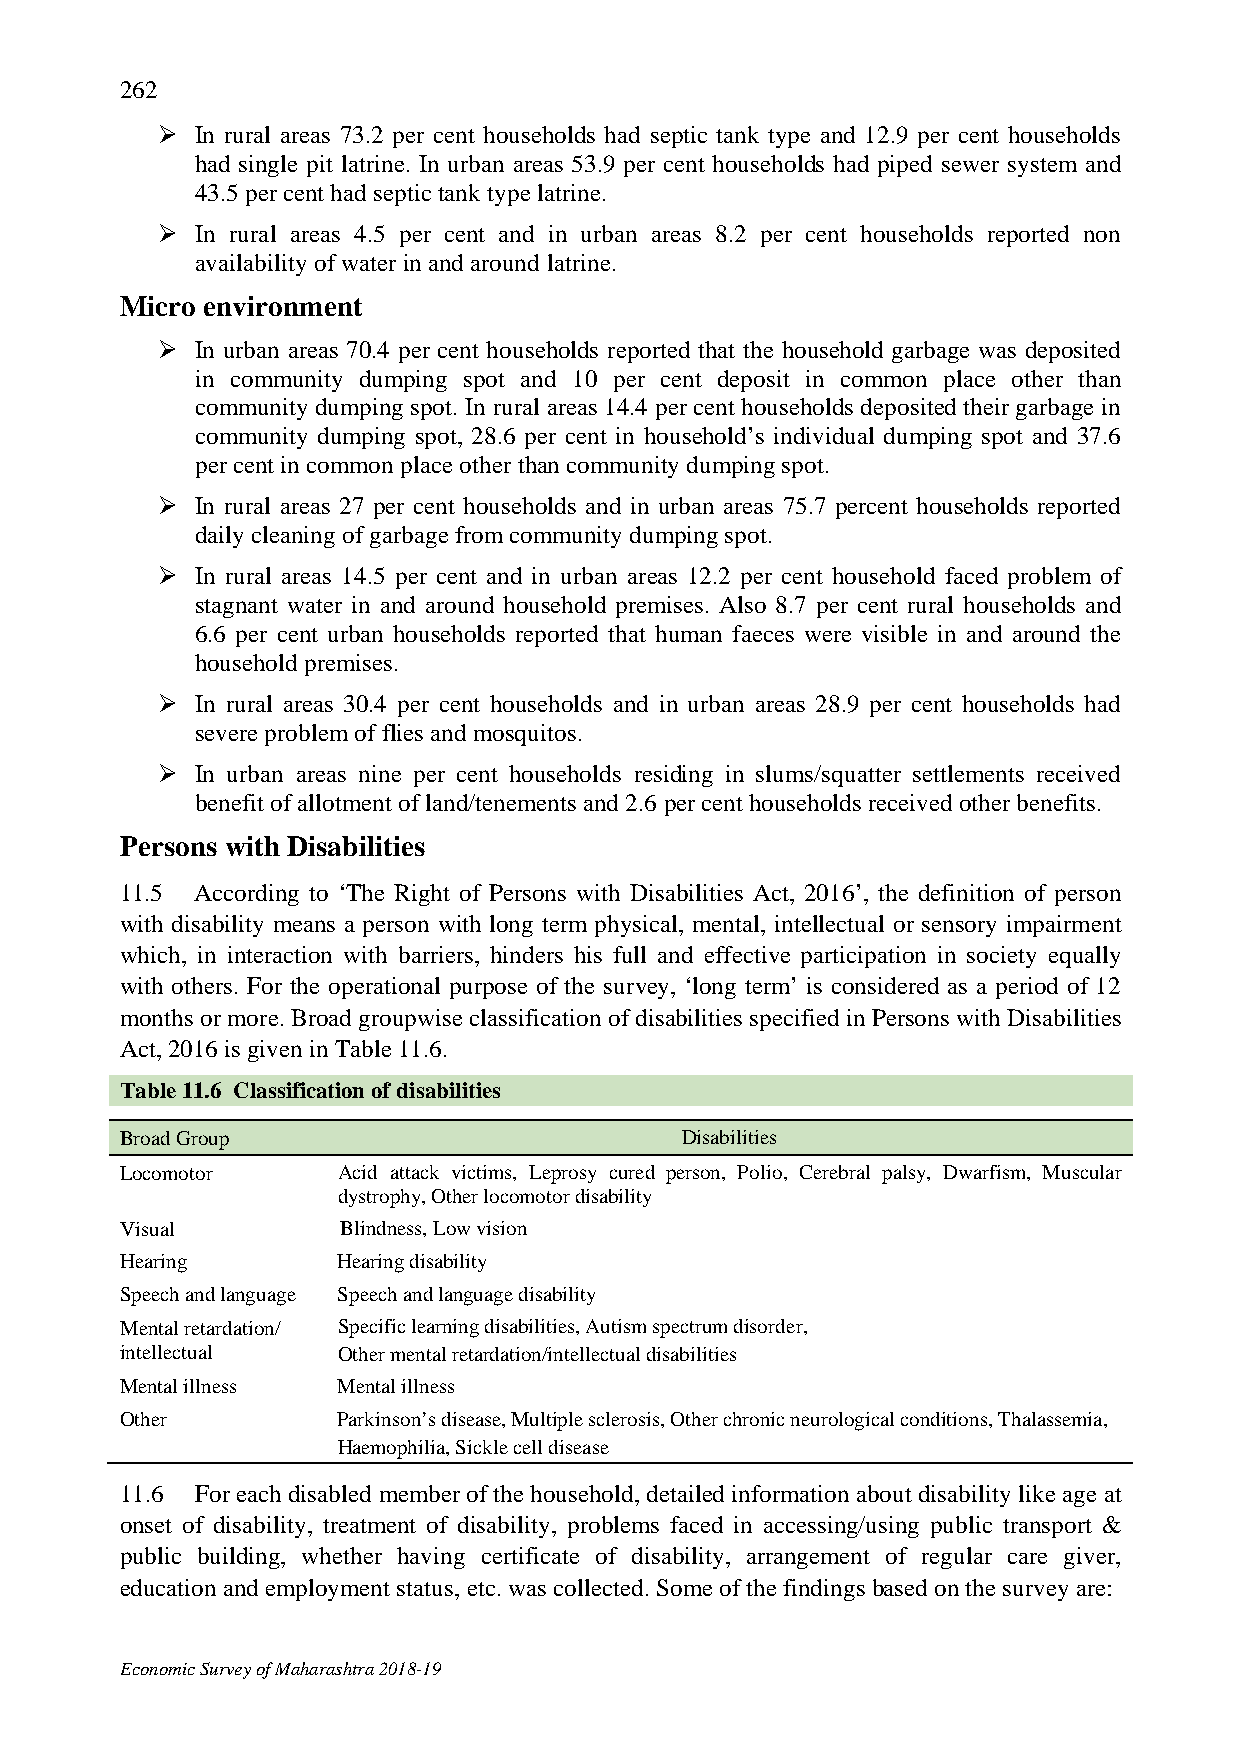
262
   In rural areas 73.2 per cent households had septic tank type and 12.9 per cent households
 had single pit latrine. In urban areas 53.9 per cent households had piped sewer system and
 43.5 per cent had septic tank type latrine.
   In rural areas 4.5 per cent and in urban areas 8.2 per cent households reported non
 availability of water in and around latrine.
 Micro environment
   In urban areas 70.4 per cent households reported that the household garbage was deposited
 in community dumping spot and 10 per cent deposit in common place other than
 community dumping spot. In rural areas 14.4 per cent households deposited their garbage in
 community dumping spot, 28.6 per cent in household’s individual dumping spot and 37.6
 per cent in common place other than community dumping spot.
   In rural areas 27 per cent households and in urban areas 75.7 percent households reported
 daily cleaning of garbage from community dumping spot.
   In rural areas 14.5 per cent and in urban areas 12.2 per cent household faced problem of
 stagnant water in and around household premises. Also 8.7 per cent rural households and
 6.6 per cent urban households reported that human faeces were visible in and around the
 household premises.
   In rural areas 30.4 per cent households and in urban areas 28.9 per cent households had
 severe problem of flies and mosquitos.
   In urban areas nine per cent households residing in slums/squatter settlements received
 benefit of allotment of land/tenements and 2.6 per cent households received other benefits.
 Persons with Disabilities
 11.5 According to ‘The Right of Persons with Disabilities Act, 2016’, the definition of person
 with disability means a person with long term physical, mental, intellectual or sensory impairment
 which, in interaction with barriers, hinders his full and effective participation in society equally
 with others. For the operational purpose of the survey, ‘long term’ is considered as a period of 12
 months or more. Broad groupwise classification of disabilities specified in Persons with Disabilities
 Act, 2016 is given in Table 11.6.
 Table 11.6 Classification of disabilities
 Broad Group                          Disabilities
 Locomotor     Acid attack victims, Leprosy cured person, Polio, Cerebral palsy, Dwarfism, Muscular
 dystrophy, Other locomotor disability
 Visual         Blindness, Low vision
 Hearing       Hearing disability
 Speech and language Speech and language disability
 Mental retardation/ Specific learning disabilities, Autism spectrum disorder,
 intellectual  Other mental retardation/intellectual disabilities
 Mental illness Mental illness
 Other         Parkinson’s disease, Multiple sclerosis, Other chronic neurological conditions, Thalassemia,
 Haemophilia, Sickle cell disease
 11.6 For each disabled member of the household, detailed information about disability like age at
 onset of disability, treatment of disability, problems faced in accessing/using public transport &
 public building, whether having certificate of disability, arrangement of regular care giver,
 education and employment status, etc. was collected. Some of the findings based on the survey are:
 Economic Survey of Maharashtra 2018-19